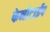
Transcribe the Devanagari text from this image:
फेनोटाईप